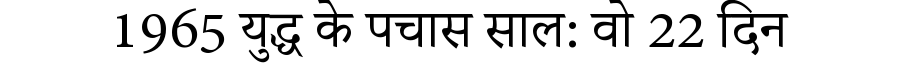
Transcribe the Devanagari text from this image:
1965 युद्ध के पचास साल: वो 22 दिन